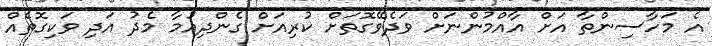
އެ މަހާސިންތާ އަށް އާއްމުންނަށް ވަދެވޭގޮތަށް ކުރިއަށް ގެންދިއުމާ މެދު އަދި ވަކިގޮތެއް